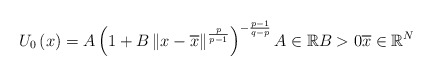
\begin{align*}U_{0}\left( x\right) =A\left( 1+B\left\Vert x-\overline{x}\right\Vert^{\frac{p}{p-1}}\right) ^{-\frac{p-1}{q-p}}A\in\mathbb{R}B>0\overline{x}\in\mathbb{R}^{N}\end{align*}